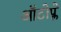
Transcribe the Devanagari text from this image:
ऑटोप्ले